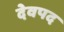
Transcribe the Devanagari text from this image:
देवपद